65_HS1-834228961_62-HQ-83894_SUB_A
Agency: FBI
Page 77
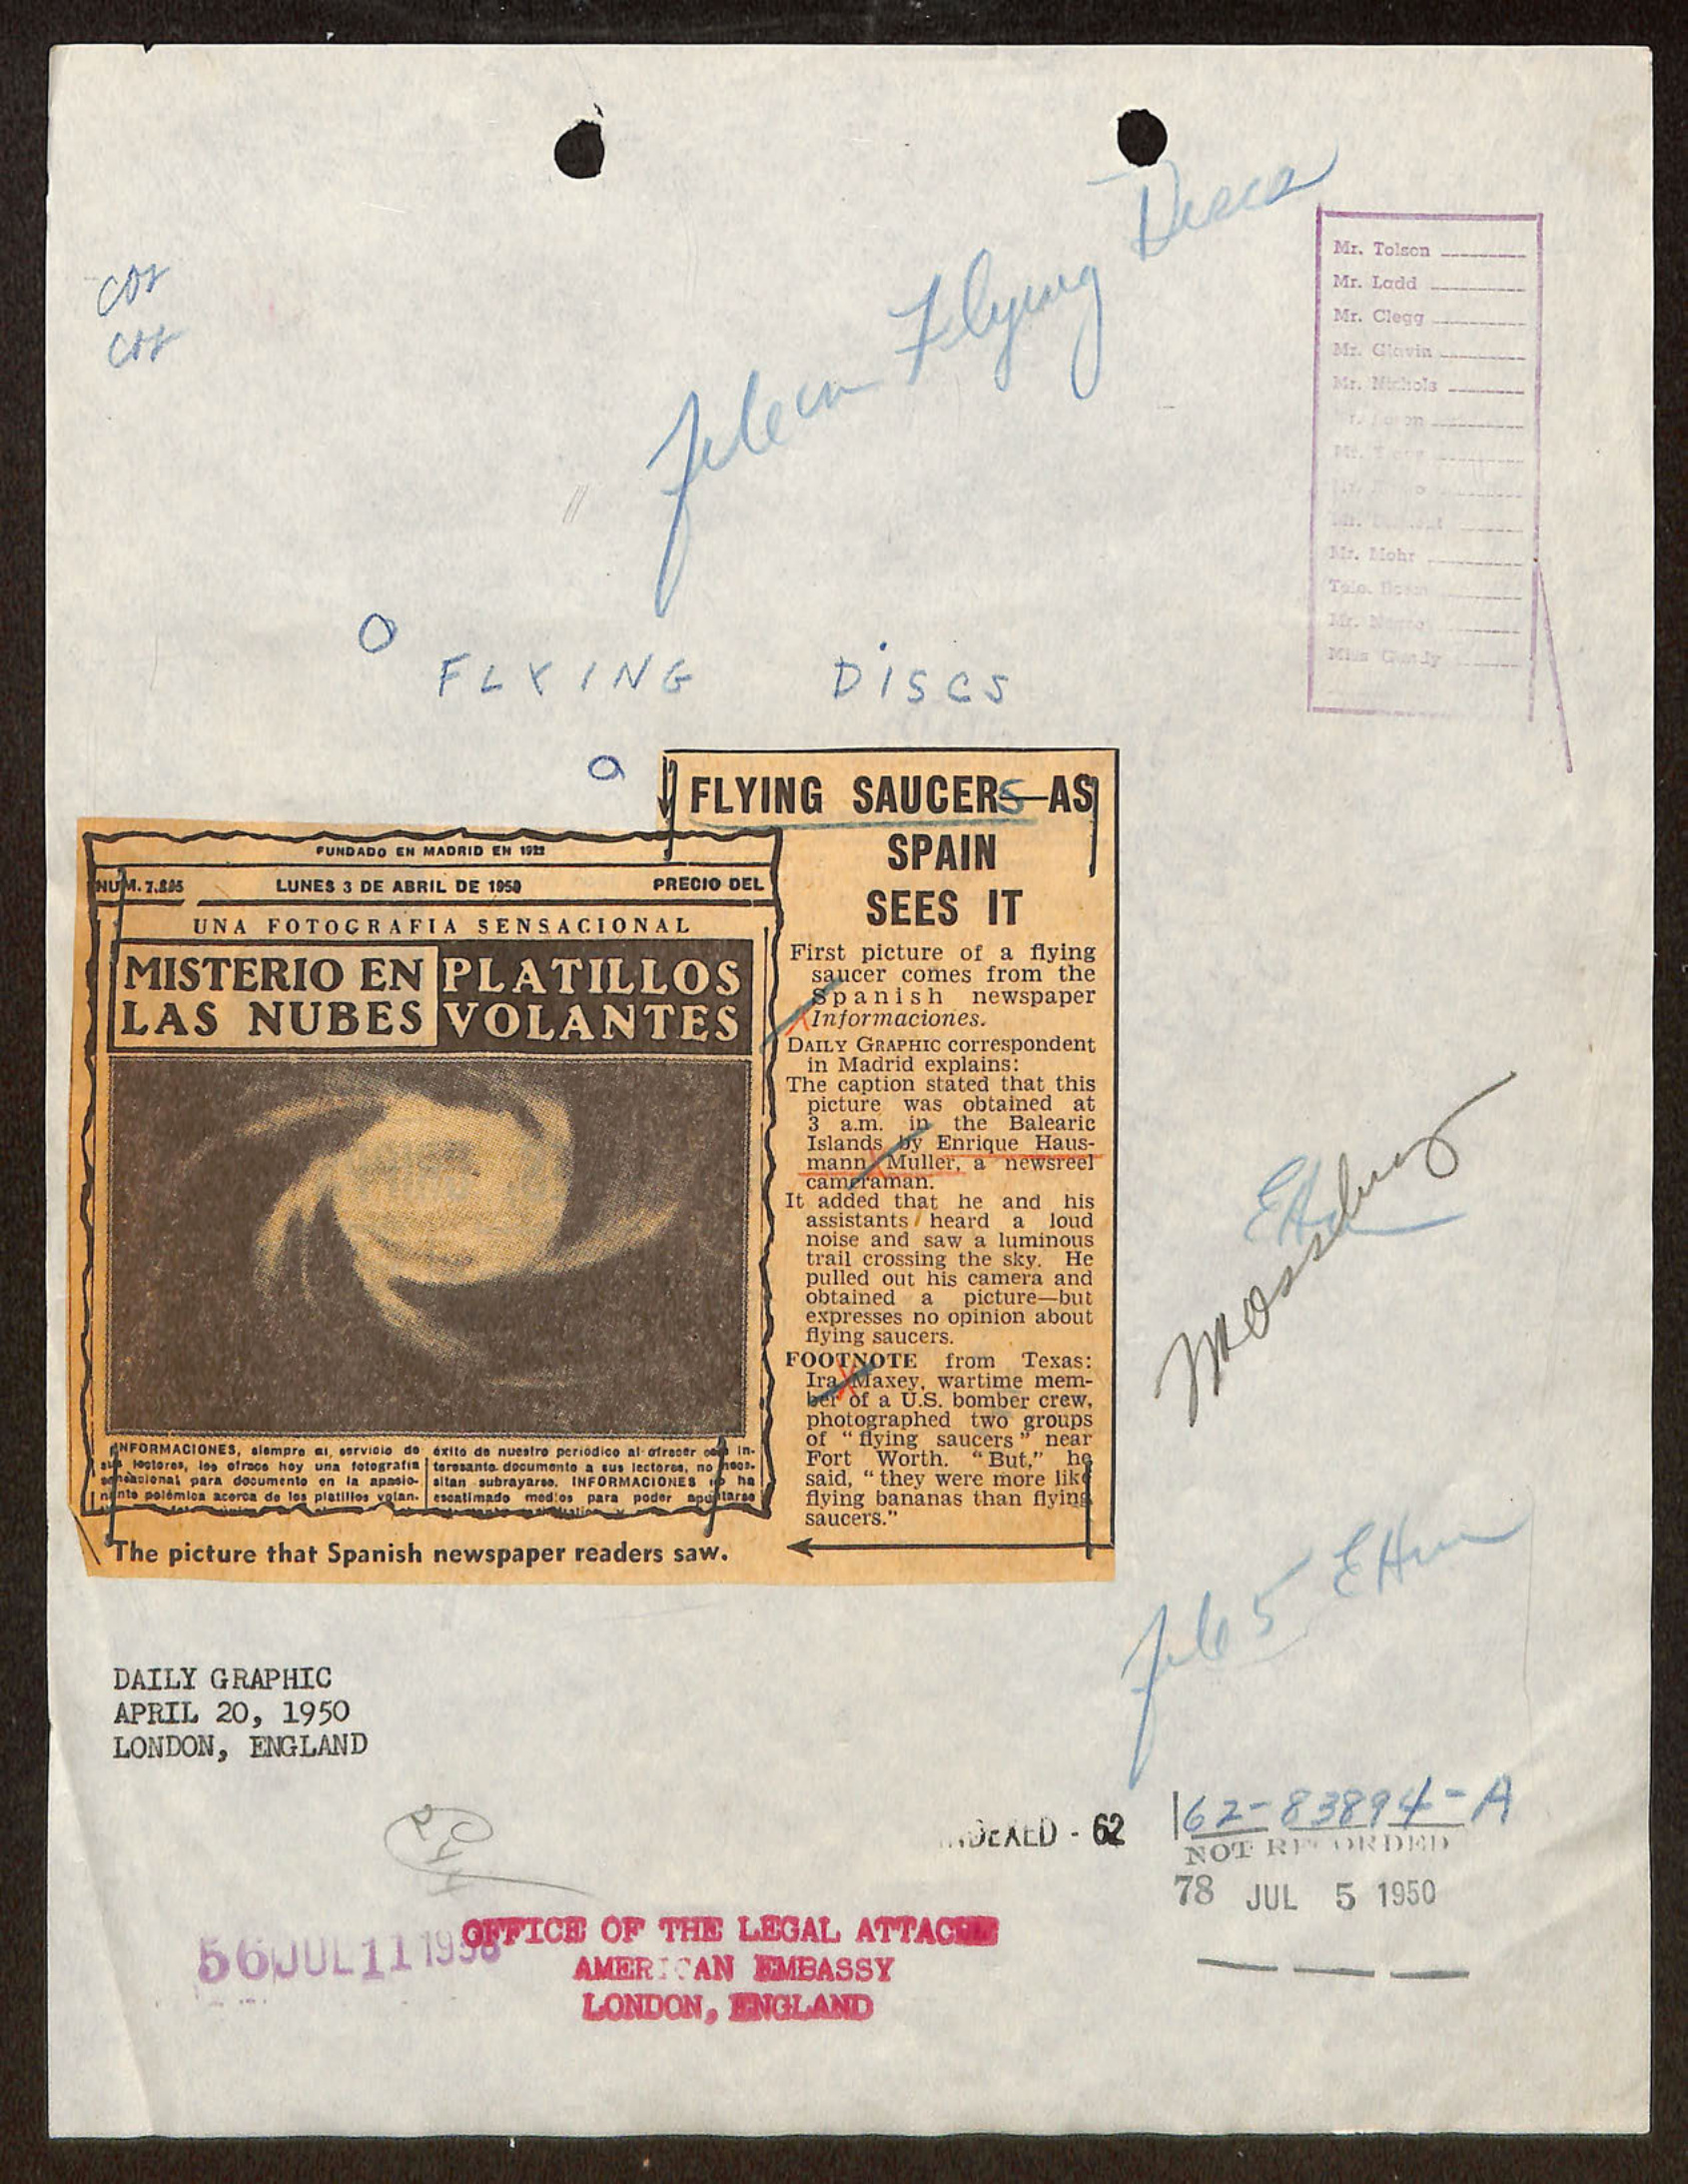